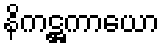
နိကဋ္ဌကာယော